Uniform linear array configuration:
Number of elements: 24
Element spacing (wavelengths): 1
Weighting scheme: hamming
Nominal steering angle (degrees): -15
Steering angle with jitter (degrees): -14.143
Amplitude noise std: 0.05
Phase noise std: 0.05

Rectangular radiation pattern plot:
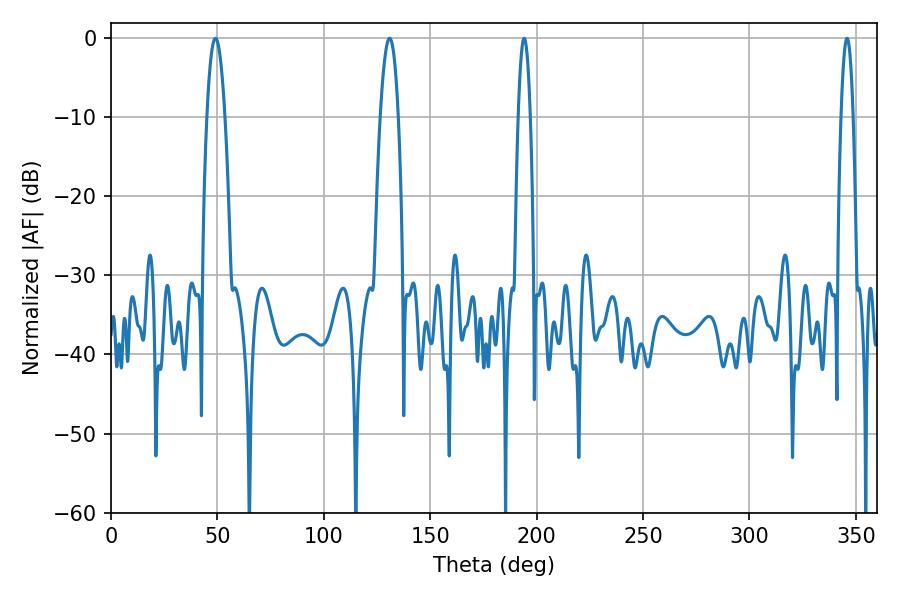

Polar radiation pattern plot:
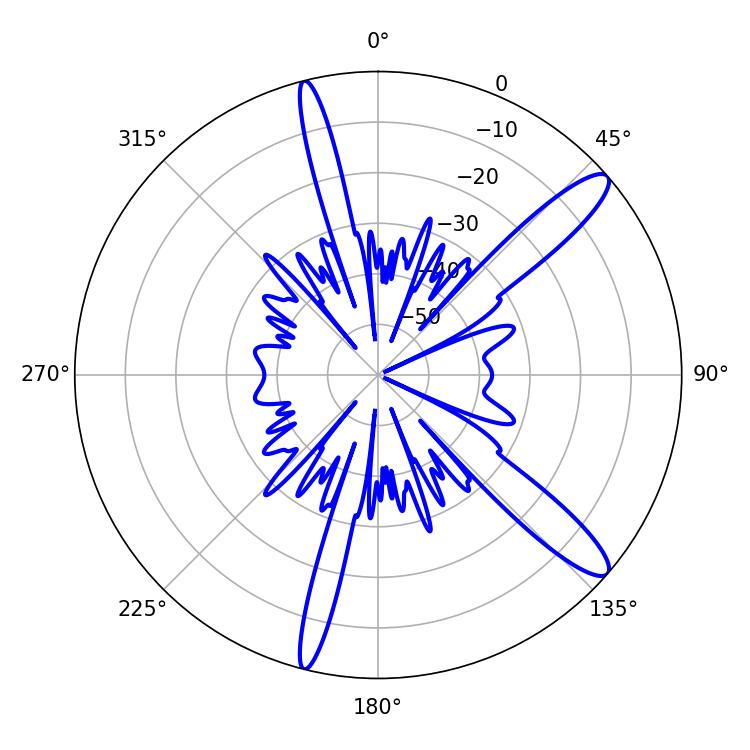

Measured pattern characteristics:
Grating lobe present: TRUE
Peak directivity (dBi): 12.814
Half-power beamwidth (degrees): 4.68
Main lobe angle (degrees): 49.14